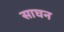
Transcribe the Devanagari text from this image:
साघन